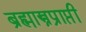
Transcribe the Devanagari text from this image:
ब्रह्मास्त्रप्राप्ती